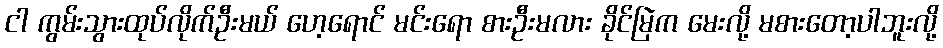
ငါ ကွမ်းသွားထုပ်လိုက်ဦးမယ် ဟေ့ရောင် မင်းရော စားဦးမလား ခိုင်မြဲက မေးလို့ မစားတော့ပါဘူးလို့